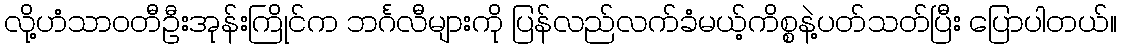
လို့ဟံသာဝတီဦးအုန်းကြိုင်က ဘင်္ဂလီများကို ပြန်လည်လက်ခံမယ့်ကိစ္စနဲ့ပတ်သတ်ပြီး ပြောပါတယ်။